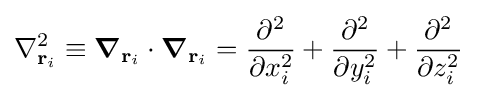
\nabla _{\mathbf {r} _{i}}^{2}\equiv {\boldsymbol {\nabla }}_{\mathbf {r} _{i}}\cdot {\boldsymbol {\nabla }}_{\mathbf {r} _{i}}={\frac {\partial ^{2}}{\partial x_{i}^{2}}}+{\frac {\partial ^{2}}{\partial y_{i}^{2}}}+{\frac {\partial ^{2}}{\partial z_{i}^{2}}}